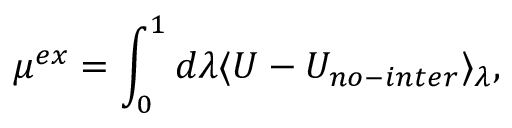
\mu ^ { e x } = \int _ { 0 } ^ { 1 } d \lambda \ensuremath { \langle { U - U _ { n o - i n t e r } } \rangle } _ { \lambda } ,